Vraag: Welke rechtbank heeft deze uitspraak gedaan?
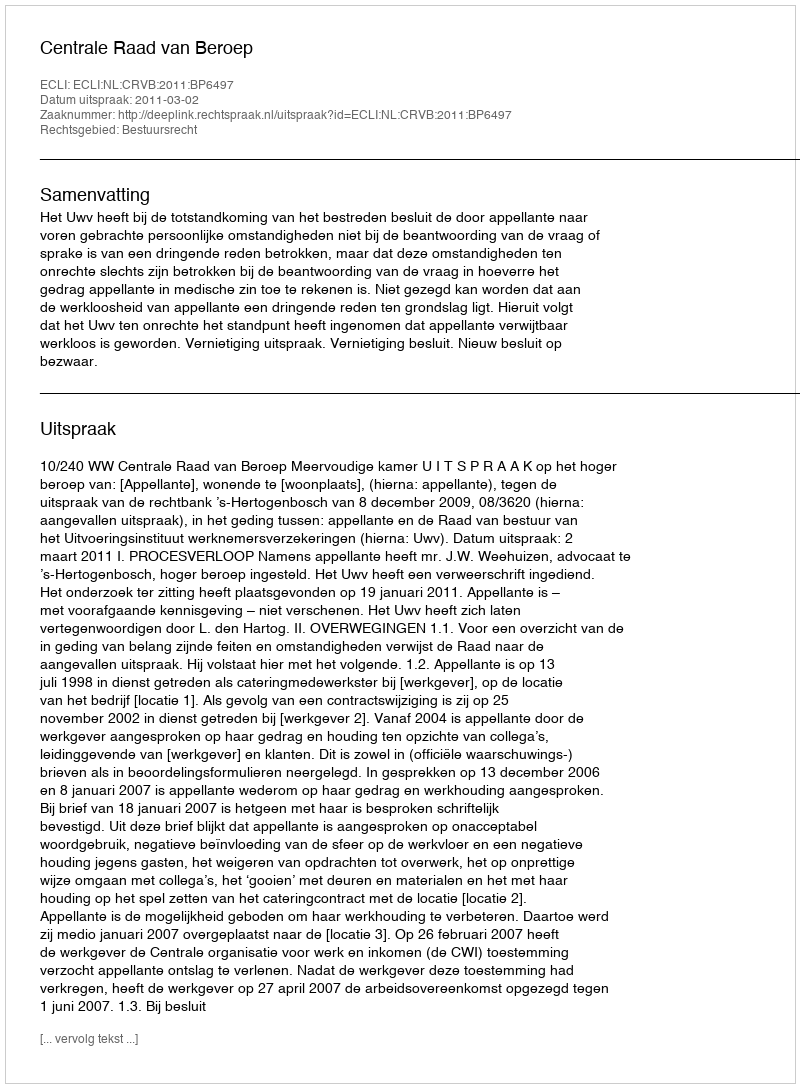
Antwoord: Centrale Raad van Beroep